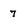
Character: 7